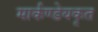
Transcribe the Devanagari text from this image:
मार्कण्डेयकृत